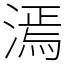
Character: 漹